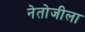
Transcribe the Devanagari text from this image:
नेतोजीला